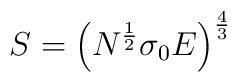
S = \left( N^{\frac{1}{2}} \sigma_0 E \right)^{\frac{4}{3}}